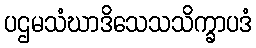
ပဌမသံဃာဒိသေသသိက္ခာပဒံ